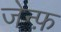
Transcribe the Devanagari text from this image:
जेन्फ़